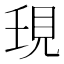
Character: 𧠒